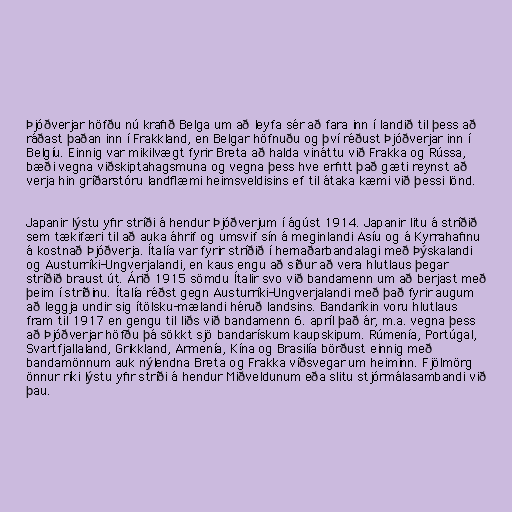
Þjóðverjar höfðu nú krafið Belga um að leyfa sér að fara inn í landið til þess að
ráðast þaðan inn í Frakkland, en Belgar höfnuðu og því réðust Þjóðverjar inn í
Belgíu. Einnig var mikilvægt fyrir Breta að halda vináttu við Frakka og Rússa,
bæði vegna viðskiptahagsmuna og vegna þess hve erfitt það gæti reynst að
verja hin gríðarstóru landflæmi heimsveldisins ef til átaka kæmi við þessi lönd.

Japanir lýstu yfir stríði á hendur Þjóðverjum í ágúst 1914. Japanir litu á stríðið
sem tækifæri til að auka áhrif og umsvif sín á meginlandi Asíu og á Kyrrahafinu
á kostnað Þjóðverja. Ítalía var fyrir stríðið í hernaðarbandalagi með Þýskalandi
og Austurríki-Ungverjalandi, en kaus engu að síður að vera hlutlaus þegar
stríðið braust út. Árið 1915 sömdu Ítalir svo við bandamenn um að berjast með
þeim í stríðinu. Ítalía réðst gegn Austurríki-Ungverjalandi með það fyrir augum
að leggja undir sig ítölsku-mælandi héruð landsins. Bandaríkin voru hlutlaus
fram til 1917 en gengu til liðs við bandamenn 6. apríl það ár, m.a. vegna þess
að Þjóðverjar höfðu þá sökkt sjö bandarískum kaupskipum. Rúmenía, Portúgal,
Svartfjallaland, Grikkland, Armenía, Kína og Brasilía börðust einnig með
bandamönnum auk nýlendna Breta og Frakka víðsvegar um heiminn. Fjölmörg
önnur ríki lýstu yfir stríði á hendur Miðveldunum eða slitu stjórmálasambandi við
þau.